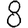
Digit: 8